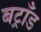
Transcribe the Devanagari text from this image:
बट्राँड